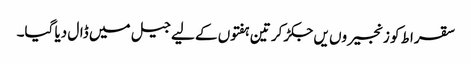
سقراط کو زنجیروں یں جکڑ کر تین ہفتوں کے لیے جیل میں ڈال دیا گیا۔